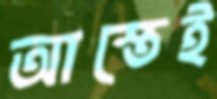
আস্তেই